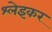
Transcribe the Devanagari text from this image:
श्लेइकर